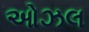
ઓઝલ